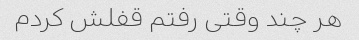
هر چند وقتی رفتم قفلش کردم